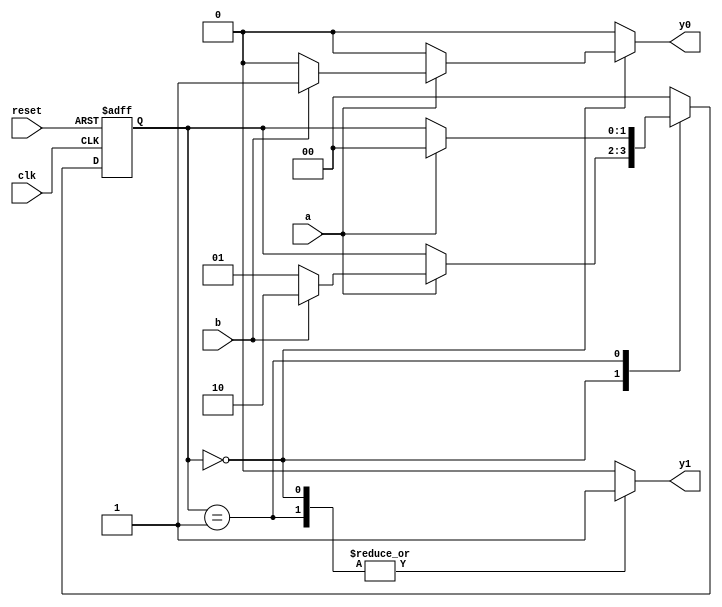
`timescale 1ns / 1ps
//////////////////////////////////////////////////////////////////////////////////
// Company: 
// Engineer: 
// 
// Design Name: 
// Module Name: fsm_eg_2_seg
// Project Name: 
// Target Devices: 
// Tool Versions: 
// Description: 
// 
// Dependencies: 
// 
// Revision:
// Revision 0.01 - File Created
// Additional Comments:
// 
//////////////////////////////////////////////////////////////////////////////////


module fsm_eg_2_seg
   (
input  clk , reset,
input  a , b,
output reg y0 , y1
   );
   //  
localparam [ 1:0 ]  s0 = 2'b00 ,
                    s1 = 2'b01 ,
                    s2 = 2'b10 ;
//  
reg[ 1:0 ]  state_reg , state_next;
//  
always  @ ( posedge clk , posedge reset )
if  ( reset )
state_reg <= s0 ;
else
state_reg <= state_next ;
//  
always  @*
begin
        state_next = state_reg ;  
        y1 = 1'b0;               
        y0 = 1'b0;             
case  (state_reg )
s0 :begin
y1 = 1'b1 ;
if  ( a )
if  ( b )
begin
state_next = s2 ;
                  y0 = 1'b1 ;
end
else
state_next = s1 ;
end
         s1: begin
              y1 = 1'b1;
if  ( a )
state_next = s0;
end
    s2: state_next = s0 ;
default :state_next = s0 ;
endcase
end
endmodule